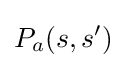
P_{a}(s,s')